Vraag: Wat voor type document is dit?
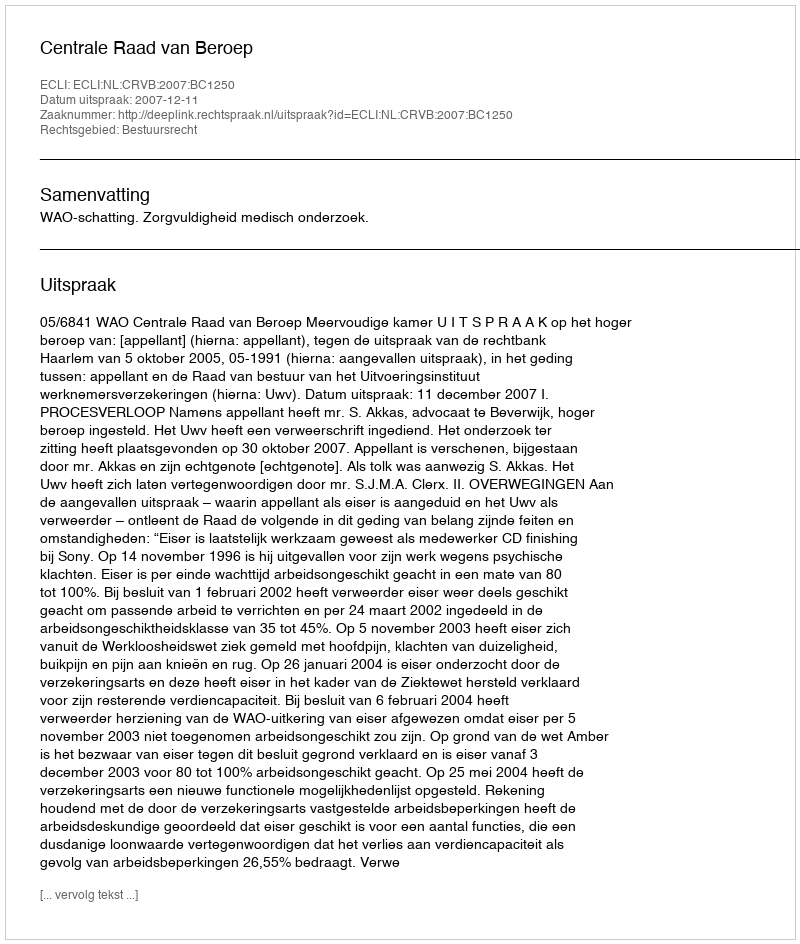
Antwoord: Uitspraak